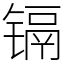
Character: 镉